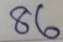
86